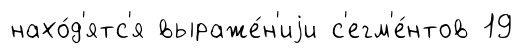
нахо́д'ятс'я выраже́н'иjи с'егм'е́нтов 19